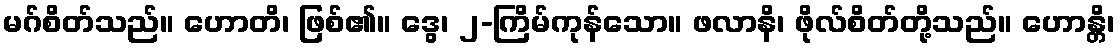
မဂ်စိတ်သည်။ ဟောတိ၊ ဖြစ်၏။ ဒွေ၊ ၂-ကြိမ်ကုန်သော။ ဖလာနိ၊ ဖိုလ်စိတ်တို့သည်။ ဟောန္တိ၊